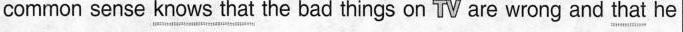
Common sense \underline{knows that} the bad things on TV are wrong and \underline{that} he